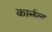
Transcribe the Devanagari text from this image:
कार्नल